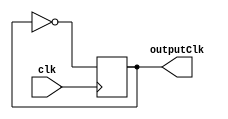
`timescale 1ns / 1ps
//////////////////////////////////////////////////////////////////////////////////
// Company: 
// Engineer: 
// 
// Design Name: 
// Module Name: clockDivisor
// Project Name: 
// Target Devices: 
// Tool Versions: 
// Description: 
// 
// Dependencies: 
// 
// Revision:
// Revision 0.01 - File Created
// Additional Comments:
// 
//////////////////////////////////////////////////////////////////////////////////


module clockDivisor(
    output reg outputClk,
    input clk
);
initial outputClk = 0;
always @(posedge clk)
    outputClk = ~outputClk;
endmodule